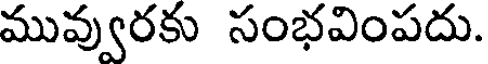
మువ్వురకు సంభవింపదు.